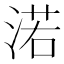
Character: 渃